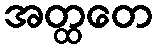
အတ္ထတေ